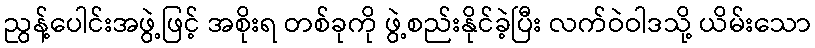
ညွန့်ပေါင်းအဖွဲ့ဖြင့် အစိုးရ တစ်ခုကို ဖွဲ့စည်းနိုင်ခဲ့ပြီး လက်ဝဲဝါဒသို့ ယိမ်းသော